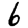
Digit: 6